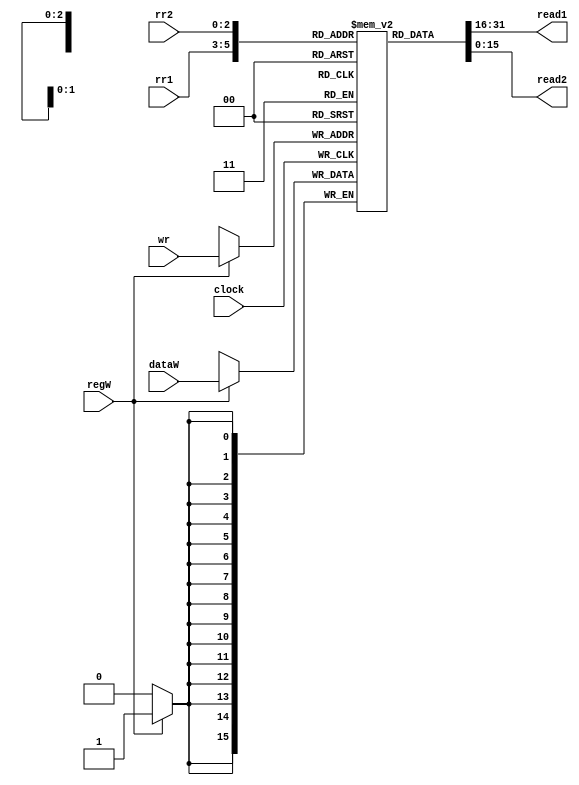
module RegFile(clock, rr1, rr2, wr, regW, dataW, read1, read2);
	input clock;
	input [2:0] rr1, rr2, wr;
	input regW;
	input [15:0]dataW;
	output [15:0] read1, read2;
	
	wire [15:0] read1, read2;
	reg [15:0] rf [7:0]; //3 bits address => array of 8 register.
	initial begin 
		//$readmemb("RegisterSet.txt", rf);
		rf[0] = 16'b0000000000000000;
		rf[1] = 16'b0000000000000001;
		rf[2] = 16'b0000000000000010;
		rf[3] = 16'b0000000000000011;
		rf[4] = 16'b0000000000000100;
		rf[5] = 16'b0000000000000101;
		rf[6] = 16'b0000000000000110;
		rf[7] = 16'b0000000000000111;
	end
	always @ (posedge clock) begin
		if(regW == 1) begin
			rf[wr] <= dataW; 
		end
	end
	assign read1 = rf[rr1];
	assign read2 = rf[rr2];

endmodule